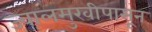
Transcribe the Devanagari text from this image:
ज्वालमुखीपासून